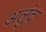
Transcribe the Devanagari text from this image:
अलुंदा